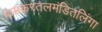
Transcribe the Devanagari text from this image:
वामकरतलमंडितलिंगा